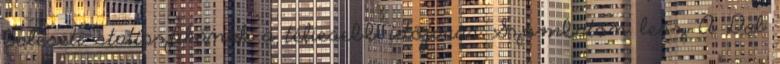
baleseti statisztikának a téliesebb időjárás Szombaton lesz A Dal